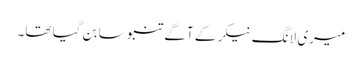
میری لانگ نیکر کے آگے تنبو سا بن گیا تھا۔